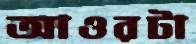
আওরটা